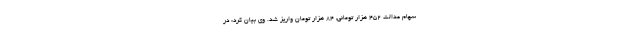
سهام عدالت 452 هزار تومانی, 84 هزار تومان واریز شد. وی بیان کرد: در